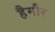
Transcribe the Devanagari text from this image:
हैमौर